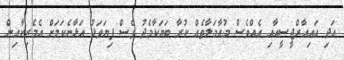
އަދި އައިއާރްޖީސީއާއި އެއްވެސް މުއާމަލާތެއް ކުރާ ބަޔަކާމެދު ވެސް ފިޔަވަޅު އަޅާނެކަމަށް އެމެރިކާއިން